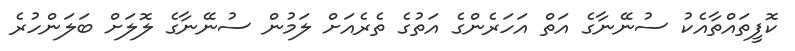
ކޮފީތައްތާއެކު ސުނޭނާގެ އަތް އަހަރެންގެ އަތުގެ ތެރެއަށް ލަމުން ސުނޭނާގެ ލޮލަށް ބަލަންހުރެ